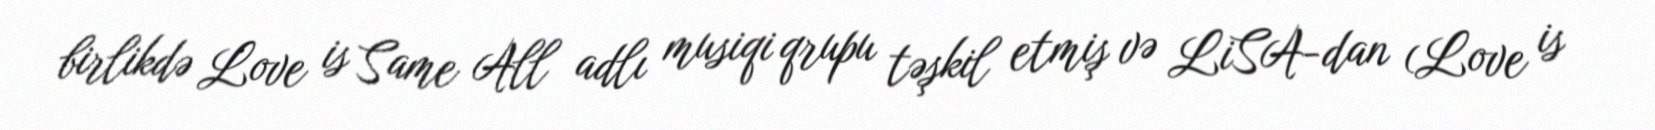
birlikdə Love is Same All adlı musiqi qrupu təşkil etmiş və LiSA-dan (Love is